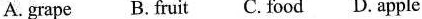
A.grape B. Fruit C. Food D. Apple